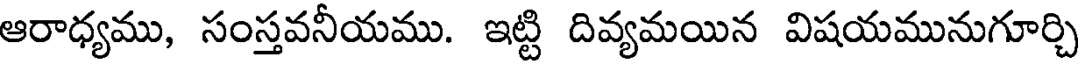
ఆరాధ్యము, సంస్తవనీయము. ఇట్టి దివ్యమయిన విషయమునుగూర్చి